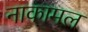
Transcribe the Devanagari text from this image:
नाकामल